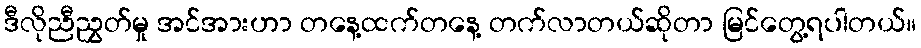
ဒီလိုညီညွှတ်မှု အင်အားဟာ တနေ့ထက်တနေ့ တက်လာတယ်ဆိုတာ မြင်တွေ့ရပါတယ်။